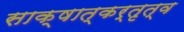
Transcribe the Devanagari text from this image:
साक्षात्कर्तृत्व